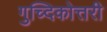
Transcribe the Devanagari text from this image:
गुच्दिकोत्तरी